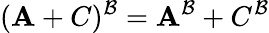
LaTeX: (\mathbf{A}+C)^{\mathcal{{B}}}=\mathbf{A}^{\mathcal{{B}}}+C^{\mathcal{{B}}}